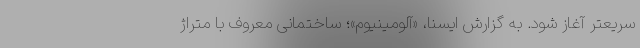
سریعتر آغاز شود. به گزارش ایسنا، «آلومینیوم»؛ ساختمانی معروف با متراژ